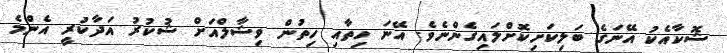
ޝޮކާއެކު އޭނަގެ ބަލިކަށިކޮށްލައިގެންނެވެ. އޭނަ ހިތާއި ހިތުން ވިޝާލްއަށް ޝުކުރު އަދާކުރީ އެންމެ